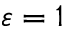
\varepsilon = 1